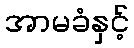
အာမခံနှင့်